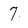
Character: 7